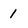
Character: 1